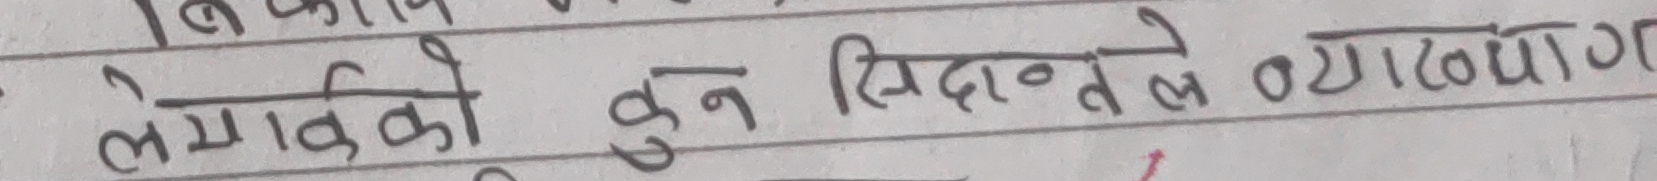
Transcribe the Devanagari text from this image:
लेखकको कुन सिद्धान्तले व्याख्याग